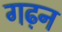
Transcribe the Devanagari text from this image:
गढ़न